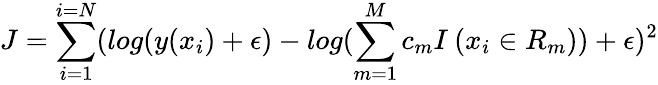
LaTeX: J=\sum_{i=1}^{i=N}(log(y(x_{i})+\epsilon)-log(\sum_{m=1}^{M}c_{m}I\: (x_{i}\in R_{m}))+\epsilon)^{2}